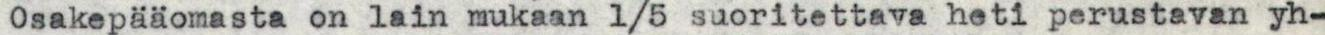
Osakepääomasta on lain mukaan 1/5 suoritettava heti perustavan yh-